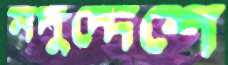
সদুদ্দেশে